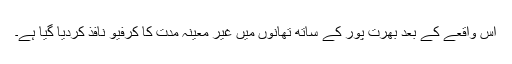
اس واقعے کے بعد بھرت پور کے ساتھ تھانوں میں غیر معینہ مدت کا کرفیو نافذ کردیا گیا ہے۔